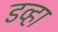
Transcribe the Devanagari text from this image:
डव्हा